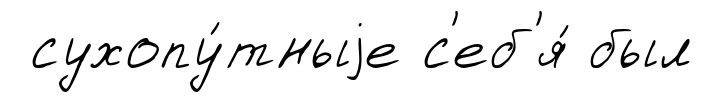
сухопу́тныjе с'еб'я́ был